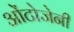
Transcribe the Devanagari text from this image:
ओंटोजेनी